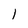
Character: l